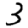
Digit: 3